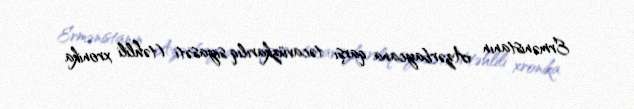
Ermənistanın Azərbaycana qarşı təcavüzkarılıq siyasəti (təhlili xronika